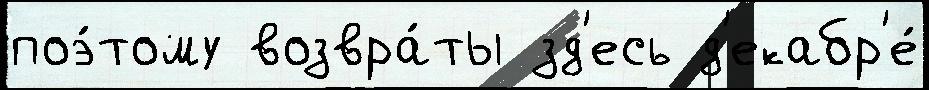
поэ́тому возвра́ты зд'есь д'екабр'е́